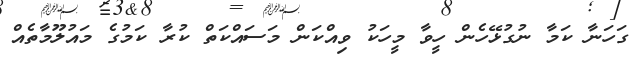
ގަހަނާ ކަމާ ނުގުޅޭހެން ހީވާ މީހަކު ވިއްކަން މަސައްކަތް ކުރާ ކަމުގެ މައުލޫމާތެއް